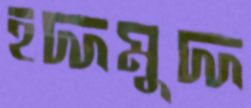
হদ্দমুদ্দ